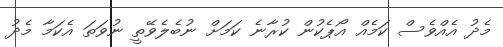
މެދު އެއްވެސް ކަމެއް އޯޕެކުން ކުރާނެ ކަމަށް ނުބެލެވޭތީ ނުވަތަ އެކަމާ މެދު